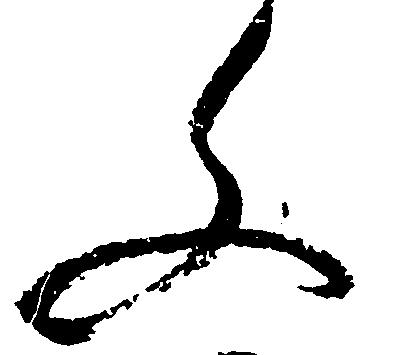
文